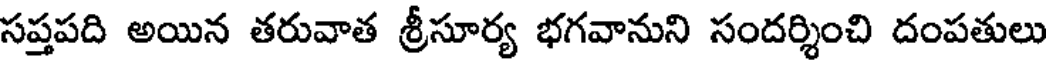
సప్తపది అయిన తరువాత శ్రీసూర్య భగవానుని సందర్శించి దంపతులు